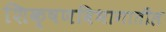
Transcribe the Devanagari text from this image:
शिक्षणविभागातील